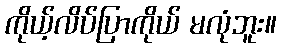
ကိုယ့်လိပ်ပြာကိုယ် မလုံဘူး။